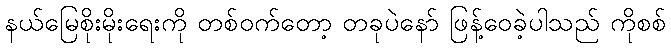
နယ်မြေစိုးမိုးရေးကို တစ်ဝက်တော့ တခုပဲနော် ဖြန့်ဝေခဲ့ပါသည် ကိုစစ်